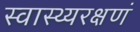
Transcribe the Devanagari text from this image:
स्वास्थ्यरक्षणं